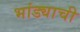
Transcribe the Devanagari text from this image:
भांड्याची